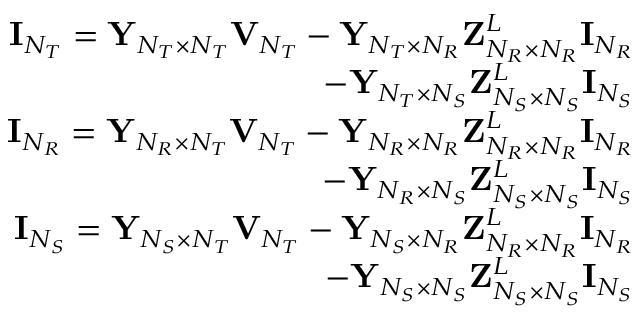
\begin{array} { r l } { { } { \mathbf { I } } _ { N _ { T } } = { \mathbf { Y } } _ { N _ { T } \times N _ { T } } { \mathbf { V } } _ { N _ { T } } - { \mathbf { Y } } _ { N _ { T } \times N _ { R } } { \mathbf { Z } } _ { N _ { R } \times N _ { R } } ^ { L } { \mathbf { I } } _ { N _ { R } } } & { { } } \\ { \quad \quad \quad \quad - { \mathbf { Y } } _ { N _ { T } \times N _ { S } } { \mathbf { Z } } _ { N _ { S } \times N _ { S } } ^ { L } { \mathbf { I } } _ { N _ { S } } } \\ { { \mathbf { I } } _ { N _ { R } } = { \mathbf { Y } } _ { N _ { R } \times N _ { T } } { \mathbf { V } } _ { N _ { T } } - { \mathbf { Y } } _ { N _ { R } \times N _ { R } } { \mathbf { Z } } _ { N _ { R } \times N _ { R } } ^ { L } { \mathbf { I } } _ { N _ { R } } } & { { } } \\ { \quad \quad \quad \quad - { \mathbf { Y } } _ { N _ { R } \times N _ { S } } { \mathbf { Z } } _ { N _ { S } \times N _ { S } } ^ { L } { \mathbf { I } } _ { N _ { S } } } \\ { { \mathbf { I } } _ { N _ { S } } = { \mathbf { Y } } _ { N _ { S } \times N _ { T } } { \mathbf { V } } _ { N _ { T } } - { \mathbf { Y } } _ { N _ { S } \times N _ { R } } { \mathbf { Z } } _ { N _ { R } \times N _ { R } } ^ { L } { \mathbf { I } } _ { N _ { R } } } & { { } } \\ { \quad \quad \quad \quad - { \mathbf { Y } } _ { N _ { S } \times N _ { S } } { \mathbf { Z } } _ { N _ { S } \times N _ { S } } ^ { L } { \mathbf { I } } _ { N _ { S } } } \end{array}